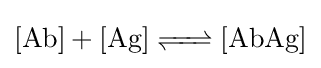
{\ce {[Ab] + [Ag] <=> [AbAg]}}